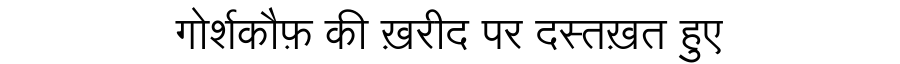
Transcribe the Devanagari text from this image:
गोर्शकौफ़ की ख़रीद पर दस्तख़त हुए